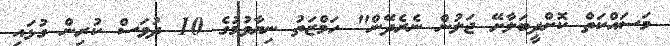
މަސައްކަތް ކޮށްދީބަލާށޭ ޖަލުން ނެރެދޭން" ހަމްޒަތު ނިޔާވުމުގެ 10 ދުވަސް ކުރިން ގުޅައި